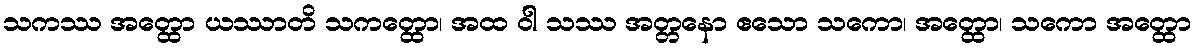
သကဿ အတ္ထော ယဿာတိ သကတ္ထော၊ အထ ဝါ သဿ အတ္တနော ဧသော သကော၊ အတ္ထော၊ သကော အတ္ထော